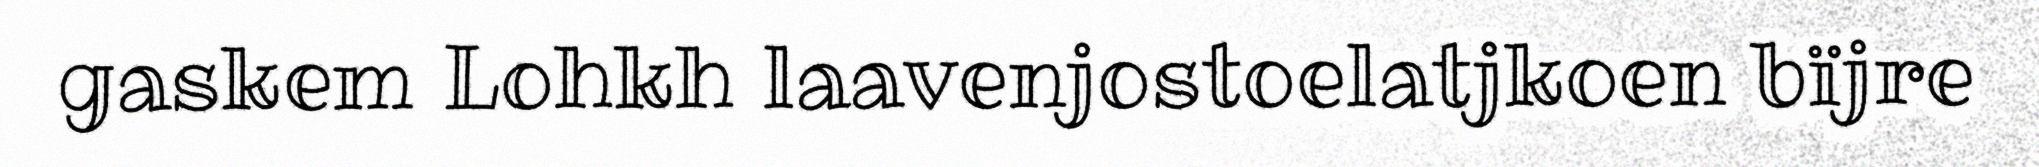
gaskem Lohkh laavenjostoelatjkoen bïjre